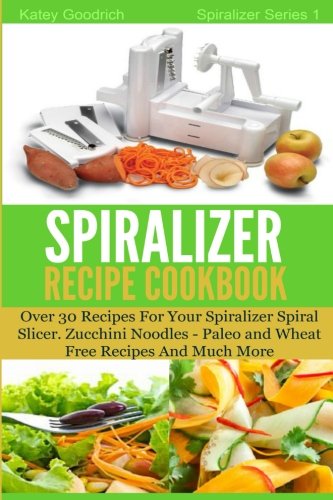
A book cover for The Spiralizer Recipe Cookbook: Over 30 Recipes for your Spiralizer Spiral Slicer - Zucchini Noodles, Paleo and Wheat Free Recipes and much more (Spiralizer Series) (Volume 1); Katey Goodrich; Cookbooks, Food & Wine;